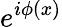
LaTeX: e^{i\phi(x)}